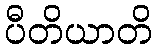
ပီတိယာတိ